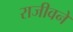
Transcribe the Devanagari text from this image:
राजीवने